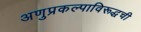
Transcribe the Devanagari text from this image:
अणुप्रकल्पाविरूद्धची